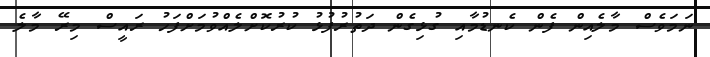
ނަމަވެސް މާލެއިން ފެން ކެނޑުމާއި ގުޅިގެން ދަތުރުފުޅު ކުރުކޮށްލެއްވުމަށްފަހު ރައީސް މިރޭ މާލެ